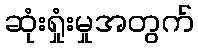
ဆုံးရှုံးမှုအတွက်